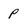
Character: p